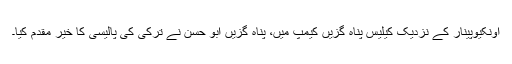
اونکیوپینار کے نزدیک کیلیس پناہ گزیں کیمپ میں، پناہ گزیں ابو حسن نے ترکی کی پالیسی کا خیر مقدم کیا۔